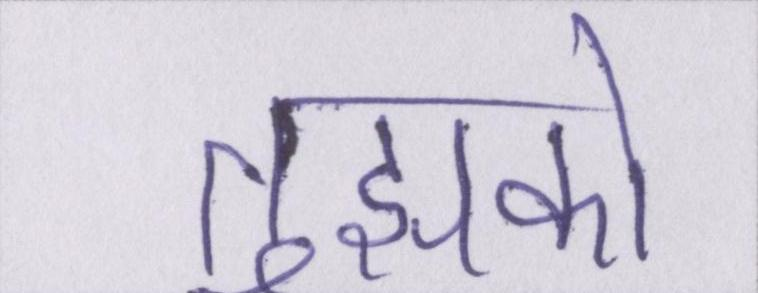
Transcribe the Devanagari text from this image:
तुझको